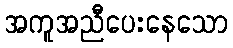
အကူအညီပေးနေသော